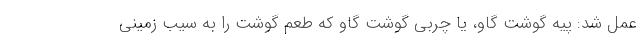
عمل شد: پیه گوشت گاو، یا چربی گوشت گاو که طعم گوشت را به سیب زمینی